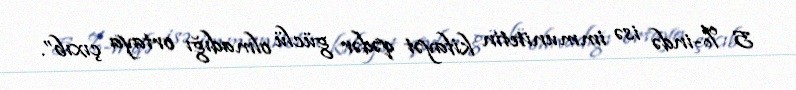
5 %-ində isə immunitetin kifayət qədər güclü olmadığı ortaya çıxıb”.